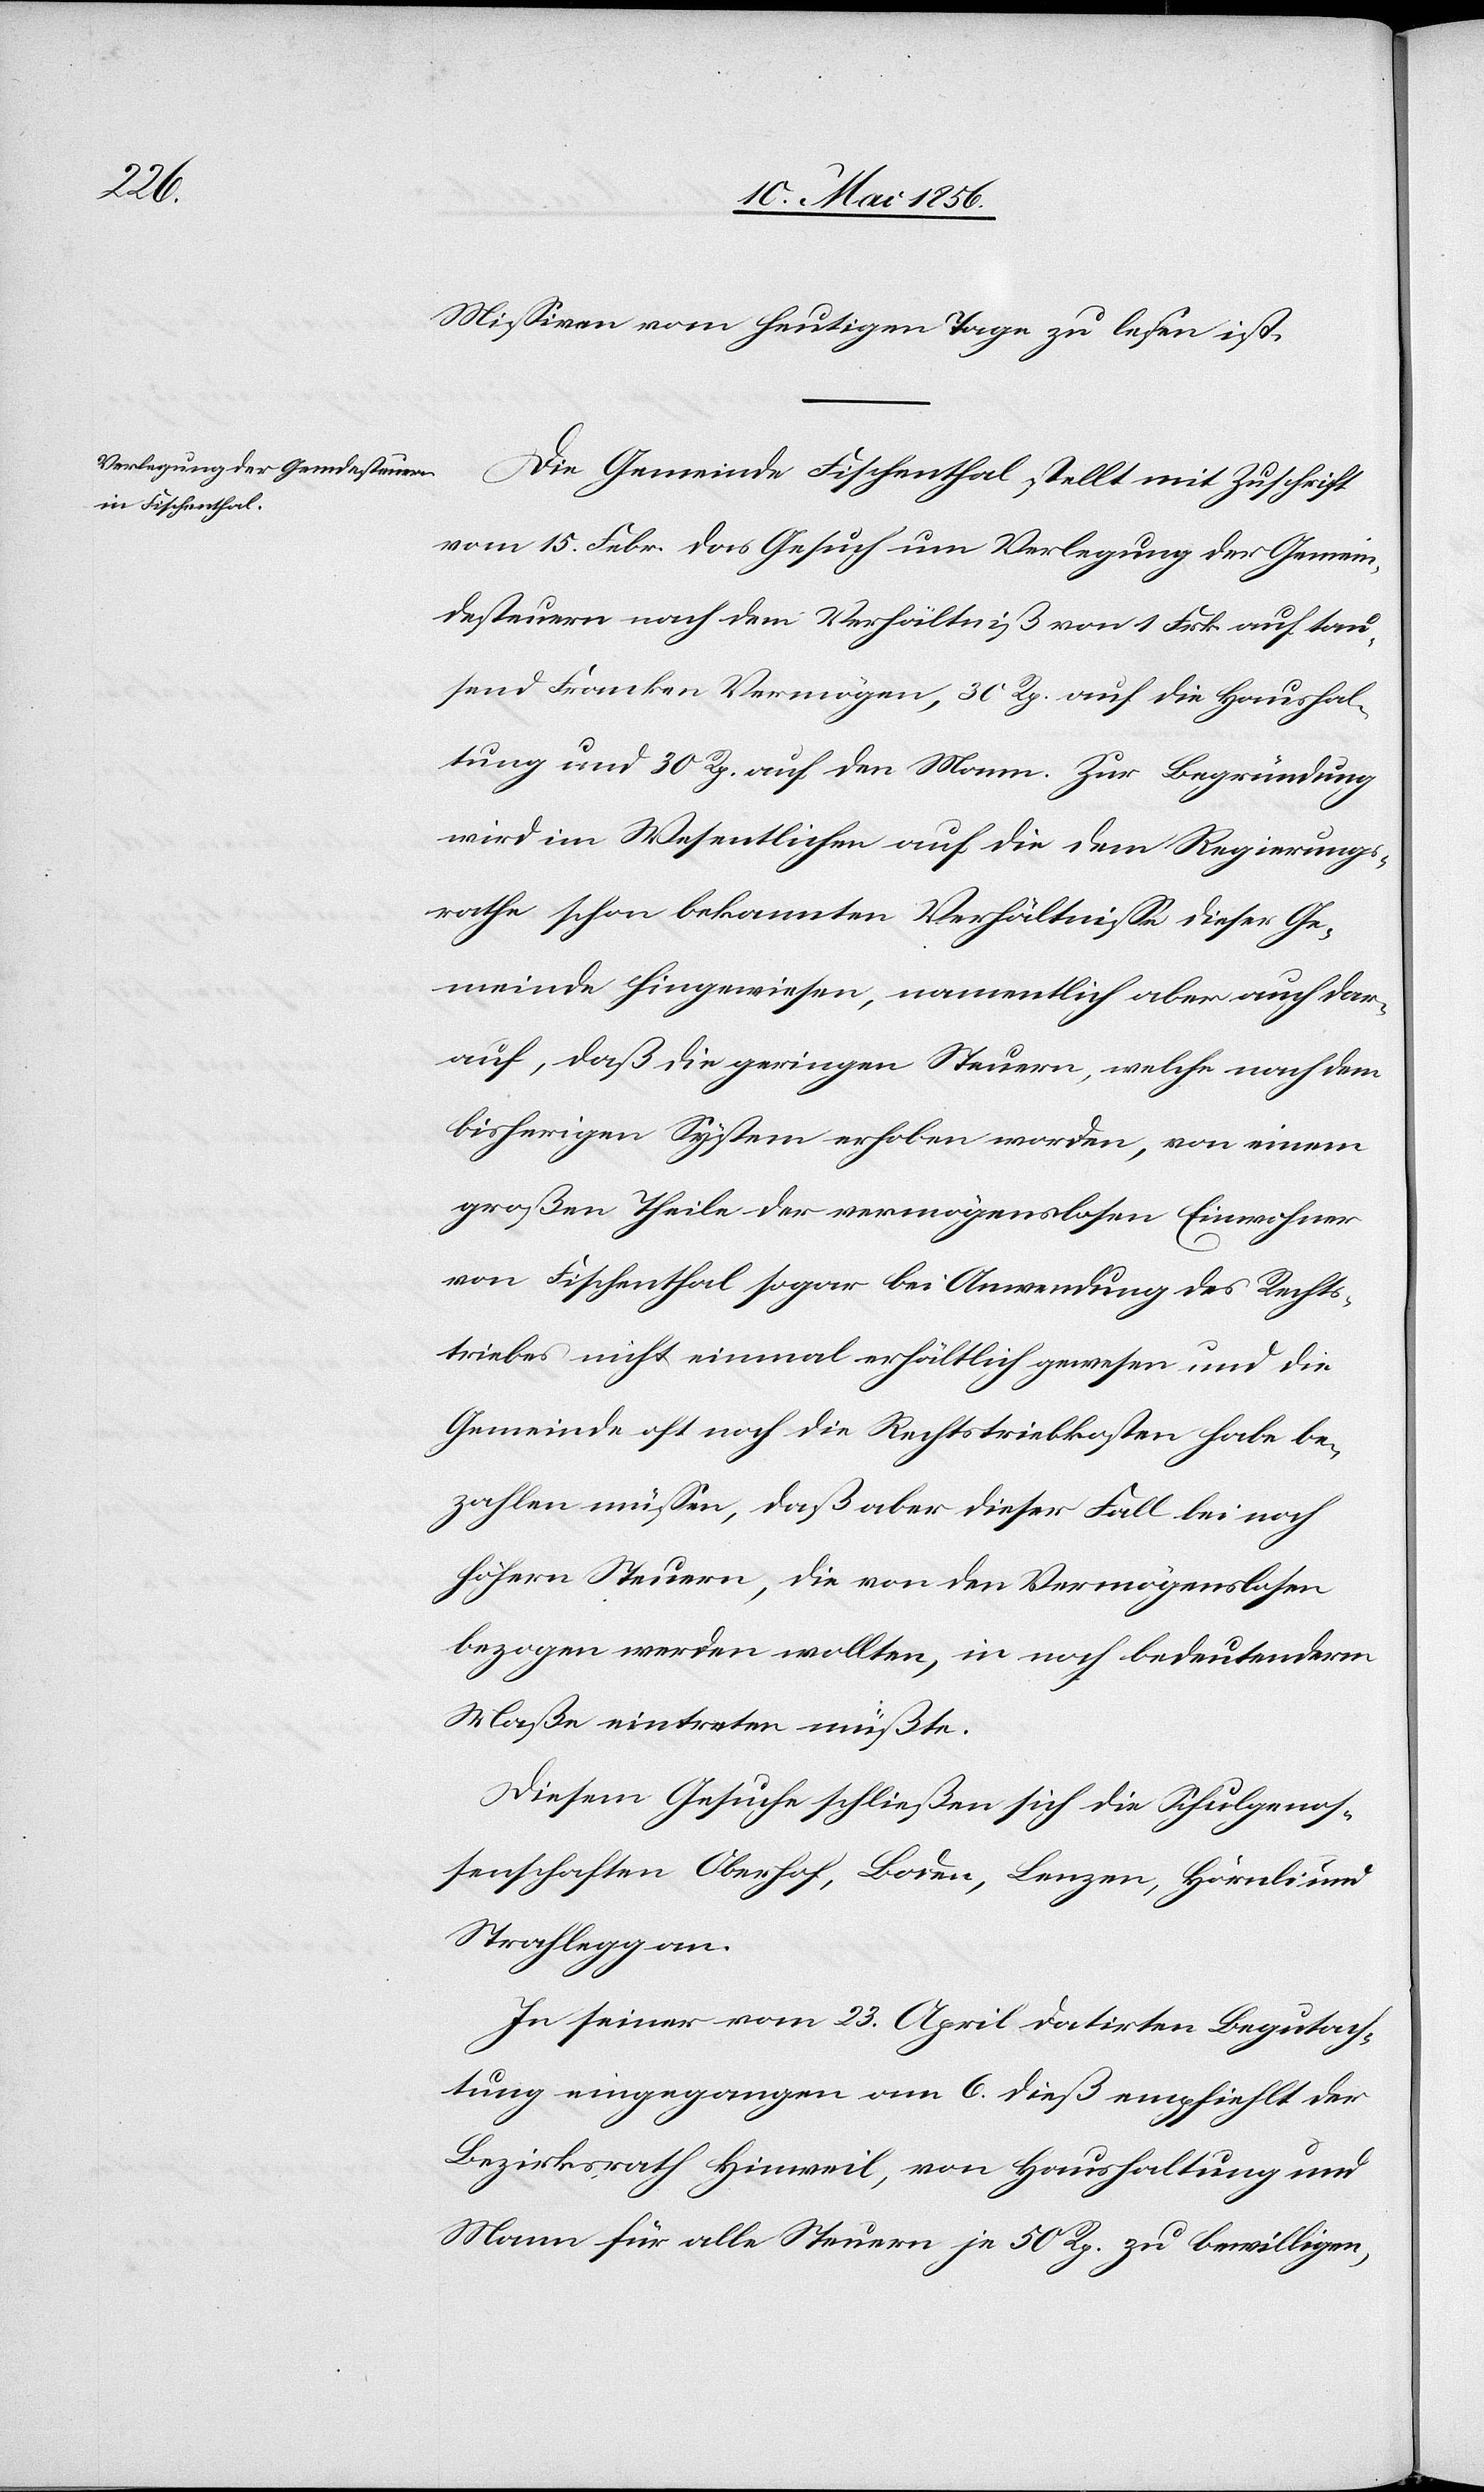
Missiven vom heutigen Tage zu lesen ist.
Die Gemeinde Fischenthal stellt mit Zuschrift
vom 15. Febr. das Gesuch um Verlegung der Gemein¬
desteuern nach dem Verhältniß von 1 Frk. auf tau¬
send Franken Vermögen, 30 Rp. auf die Haushal¬
tung und 30 Rp. auf den Mann. Zur Begründung
wird im Wesentlichen auf die dem Regierungs¬
rathe schon bekannten Verhältnisse dieser Ge¬
meinde hingewiesen, namentlich aber auch dar¬
auf, daß die geringen Steuern, welche nach dem
bisherigen System erhoben worden, von einem
großen Theile der vermögenslosen Einwohner
von Fischenthal sogar bei Anwendung des Rechts¬
triebes nicht einmal erhältlich gewesen und die
Gemeinde oft noch die Rechtstriebkosten habe be¬
zahlen müssen, daß aber dieser Fall bei noch
höhern Steuern, die von den Vermögenslosen
bezogen werden wollten, in noch bedeutenderm
Maße eintreten müßte.
Diesem Gesuche schließen sich die Schulgenos¬
senschaften Oberhof, Boden, Lenzen, Hörnli und
Strahlegg an.
In seiner vom 23. April datirten Begutach¬
tung eingegangen am 6. dieß empfiehlt der
Bezirksrath Hinweil, von Haushaltung und
Mann für alle Steuern je 50 Rp. zu bewilligen,